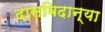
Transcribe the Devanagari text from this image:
दासविदान्या